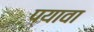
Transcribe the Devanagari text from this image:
प्यावा